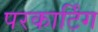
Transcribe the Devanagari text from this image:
परकार्टिंग